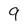
Character: 9